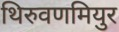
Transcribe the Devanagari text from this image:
थिरुवणमियुर